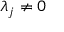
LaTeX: \lambda _ { j } \neq 0